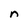
Character: n